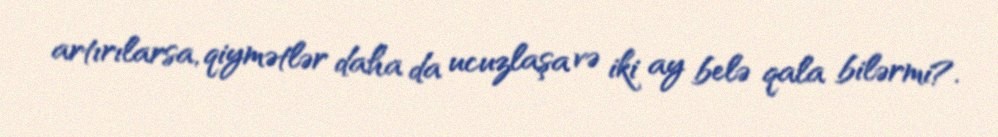
artırılarsa, qiymətlər daha da ucuzlaşa və iki ay belə qala bilərmi?.